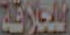
للحلاقة